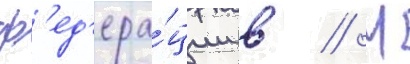
ф'ед'ера́ции в // М